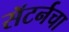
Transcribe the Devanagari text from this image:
सॅटर्नचा